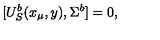
[ U _ { S } ^ { b } ( x _ { \mu } , y ) , \Sigma ^ { b } ] = 0 ,